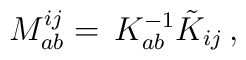
M_{ab}^{ij}=\,K_{ab}^{-1}\tilde{K}_{ij}\,,